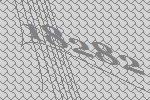
18282